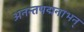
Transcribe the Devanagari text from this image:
अनन्तपद्मनाभन्